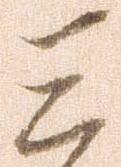
三